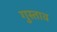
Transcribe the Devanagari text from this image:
गुस्‍ताव